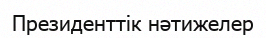
Президенттік нәтижелер